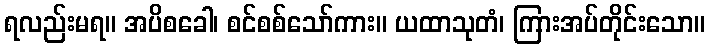
ရလည်းမရ။ အပိစခေါ၊ စင်စစ်သော်ကား။ ယထာသုတံ၊ ကြားအပ်တိုင်းသော။